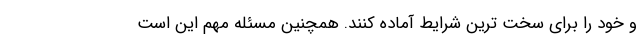
و خود را برای سخت ترین شرایط آماده کنند. همچنین مسئله مهم این است